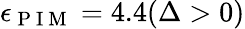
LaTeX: \epsilon_{\mathrm{~P~I~M~}}=4.4(\Delta>0)